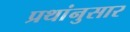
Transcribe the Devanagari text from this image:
प्रथांनुसार